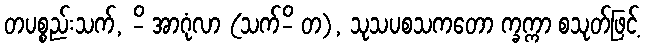
တပစ္စည်းသက်, -ိ အာဂုံလာ (သက်-ိ တ), သုသပစသကတော က္ခက္ကာ စသုတ်ဖြင့်